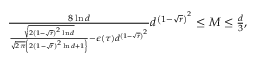
\begin{array} { r } { \frac { 8 \ln d } { \frac { \sqrt { 2 \left( 1 - \sqrt { r } \right) ^ { 2 } \ln d } } { \sqrt { 2 \pi } \left\{ 2 \left( 1 - \sqrt { r } \right) ^ { 2 } \ln d + 1 \right\} } - \epsilon ( \tau ) d ^ { \left( 1 - \sqrt { r } \right) ^ { 2 } } } d ^ { \left( 1 - \sqrt { r } \right) ^ { 2 } } \leq M \leq \frac { d } { 3 } , } \end{array}